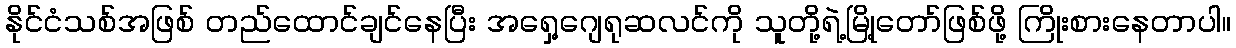
နိုင်ငံသစ်အဖြစ် တည်ထောင်ချင်နေပြီး အရှေ့ဂျေရုဆလင်ကို သူတို့ရဲ့မြို့တော်ဖြစ်ဖို့ ကြိုးစားနေတာပါ။